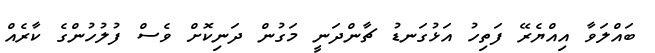
ބައްލަވާ އިއްޔެރޭ ފަތިހު އަޅުގަނޑު ޗާންދަނީ މަގުން ދަނިކޮށް ވެސް ފުލުހުންގެ ކާރެއް